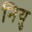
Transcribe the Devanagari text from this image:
नियु